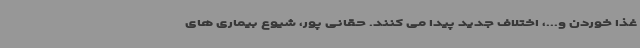
غذا خوردن و...، اختلاف جدید پیدا می کنند. حقانی پور، شیوع بیماری های